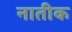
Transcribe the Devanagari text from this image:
नातीक